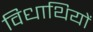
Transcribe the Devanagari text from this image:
विधाथियों